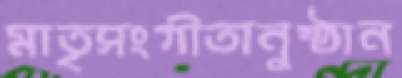
মাতৃসংগীতানুষ্ঠান